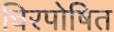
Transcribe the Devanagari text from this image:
चिरपोषित